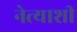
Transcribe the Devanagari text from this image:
नेत्याशी